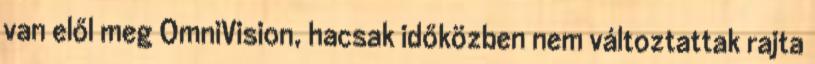
van elől meg OmniVision, hacsak időközben nem változtattak rajta